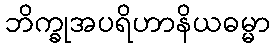
ဘိက္ခုအပရိဟာနိယဓမ္မာ